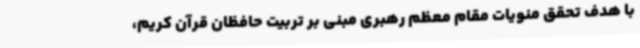
با هدف تحقق منویات مقام معظم رهبری مبنی بر تربیت حافظان قرآن کریم،